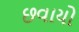
છવાયો